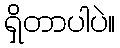
ရှိတာပါပဲ။